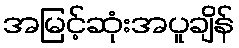
အမြင့်ဆုံးအပူချိန်